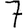
Digit: 7